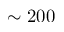
\sim 2 0 0